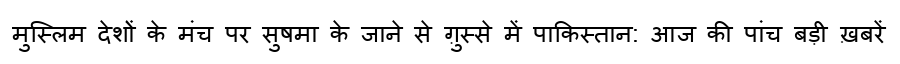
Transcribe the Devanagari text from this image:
मुस्लिम देशों के मंच पर सुषमा के जाने से ग़ुस्से में पाकिस्तान: आज की पांच बड़ी ख़बरें